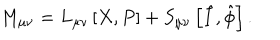
M _ { \mu \nu } = L _ { \mu \nu } \left[ X , P \right] + S _ { \mu \nu } \left[ \hat { I } , \hat { \phi } \right] .